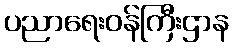
ပညာရေးဝန်ကြီးဌာန